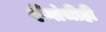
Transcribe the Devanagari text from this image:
शेंगांचीही